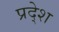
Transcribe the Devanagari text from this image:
प्रदे्श